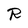
Character: R